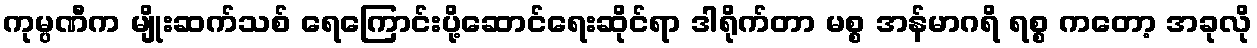
ကုမ္ပဏီက မျိုးဆက်သစ် ရေကြောင်းပို့ဆောင်ရေးဆိုင်ရာ ဒါရိုက်တာ မစ္စ အန်မာဂရိ ရစ္စ ကတော့ အခုလို